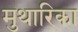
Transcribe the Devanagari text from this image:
मुथारिका